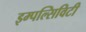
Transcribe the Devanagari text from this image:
इम्पल्सिविटी